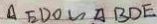
\Delta E D O \sim \Delta B D E